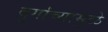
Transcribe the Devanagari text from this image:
दुर्गांच्यामुळे